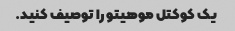
یک کوکتل موهیتو را توصیف کنید.